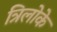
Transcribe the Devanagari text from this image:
त्रिलोके